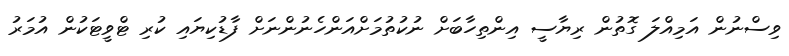
ވިސްނުން އަމިއްލަ ގޮތުން ރިޔާސީ އިންތިހާބަށް ނުކުތުމަށްއަންހެނުންނަށް ފާޑުކިޔައި ކުރި ޓްވީޓަކުން އުމަރު